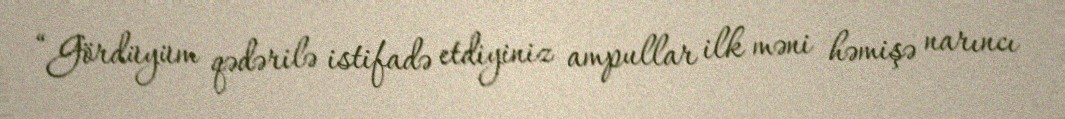
“Gördüyüm qədərilə istifadə etdiyiniz ampullar ilk məni həmişə narıncı